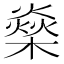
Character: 燊